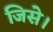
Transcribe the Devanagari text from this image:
जिसे।